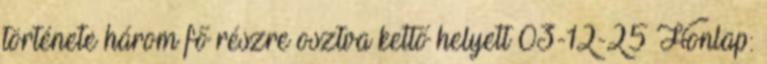
története három fő részre osztva kettő helyett 03-12-25 Honlap: